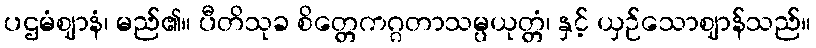
ပဌမံဈာနံ၊ မည်၏။ ပီတိသုခ စိတ္တေကဂ္ဂတာသမ္ပယုတ္တံ၊ နှင့် ယှဉ်သောဈာန်သည်။